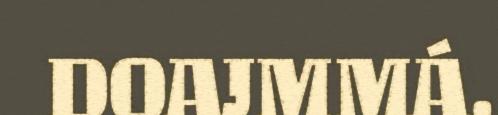
DOAJMMÁ.